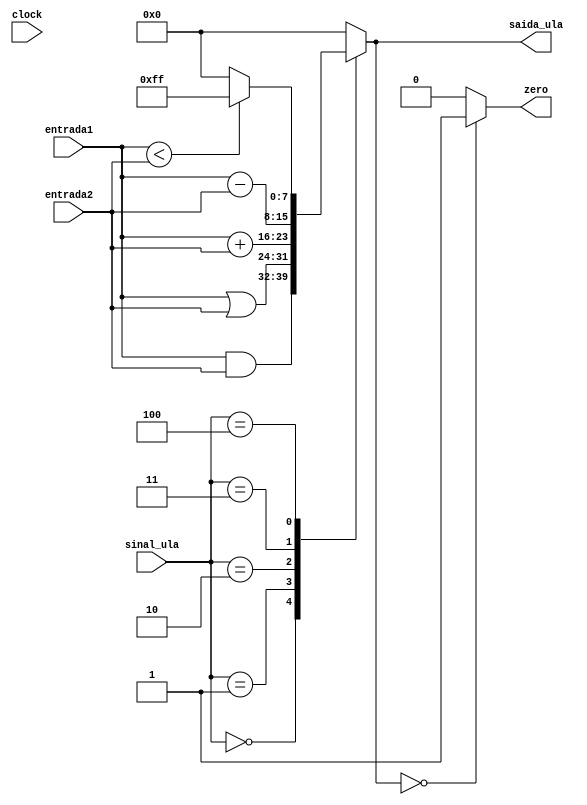
module ALU( 
    entrada1,
    entrada2,
    sinal_ula,
    clock,
    saida_ula,
    zero
);
    input[7:0] entrada1;
    input[7:0] entrada2;
    input[2:0] sinal_ula;
    input clock;
    
    output reg[7:0] saida_ula;
    output reg[0:0] zero;

 
function[7:0] alu;

    input[7:0] entrada1, entrada2;
    input[2:0] sinal_ula;

    case(sinal_ula)
        3'b000: // and
            alu = entrada1 & entrada2;

        3'b001: // or
            alu = entrada1 | entrada2;

        3'b010: // add
            alu = entrada1 + entrada2;

        3'b011: //sub
            alu = entrada1 - entrada2;

        3'b100: // slt
        begin
            if(entrada1 < entrada2) begin
                alu = 8'b11111111;
            end else begin
                alu = 8'b00000000;
            end
        end
        
        default:
            alu = 0;
            
    endcase

endfunction



always @(*) 
    begin
        saida_ula = alu(entrada1, entrada2, sinal_ula);
        if (saida_ula == 0) begin
            zero = 1;
        end else begin
            zero = 0;
        end
    end
endmodule